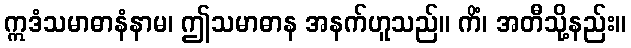
ဣဒံသမာဓာနံနာမ၊ ဤသမာဓာန အနက်ဟူသည်။ ကိံ၊ အတီသို့နည်း။